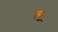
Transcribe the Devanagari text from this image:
लृ्